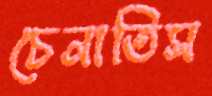
চেনাতিস